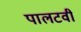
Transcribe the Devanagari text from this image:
पालटवी